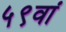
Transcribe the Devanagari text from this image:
५९वां